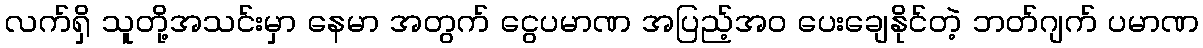
လက်ရှိ သူတို့အသင်းမှာ နေမာ အတွက် ငွေပမာဏ အပြည့်အ၀ ပေးချေနိုင်တဲ့ ဘတ်ဂျက် ပမာဏ